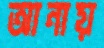
আনায়